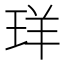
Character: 珜